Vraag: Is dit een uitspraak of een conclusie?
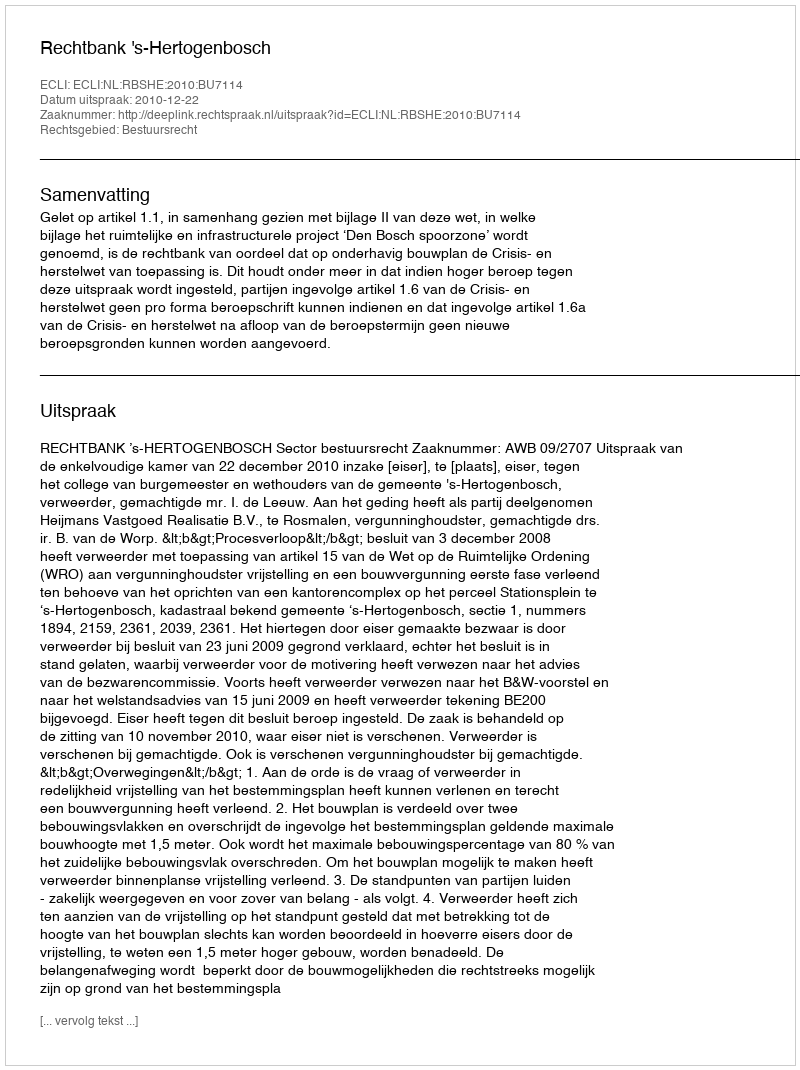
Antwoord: Uitspraak